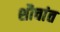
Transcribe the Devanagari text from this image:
शौचांत